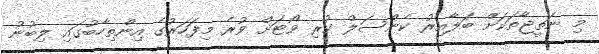
މި ނަތީޖާތަކަށް ބަލާއިރު ކެންސަލް ކުރި ވޯޓަށް ވުރެ މިފަހަރުގެ އިންތިހާބުގައި ލިބުނު